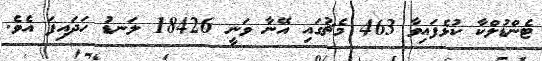
ޓެންޑުލްކާ ކުޅެފައިވާ 463 މެޗުގައި އޭނާ ވަނީ 18426 ލަނޑު ހަދައިފަ އެވެ.